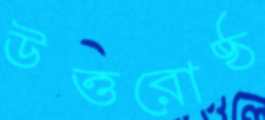
উত্তরোষ্ঠ